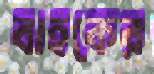
বাহকের